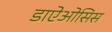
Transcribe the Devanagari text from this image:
डाऐओसिस